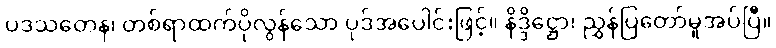
ပဒသတေန၊ တစ်ရာထက်ပိုလွန်သော ပုဒ်အပေါင်းဖြင့်။ နိဒ္ဒိဋ္ဌော၊ ညွှန်ပြတော်မူအပ်ပြီ။